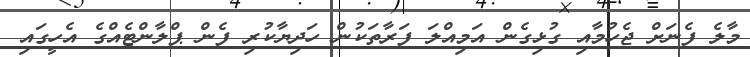
މާލެ ފެނަށް ޖެހުމާއި ގުޅިގެން އަމިއްލަ ފަރާތަކުން ހަދިޔާކުރި ފެން ޕްލާންޓެއްގެ އެހީގައި